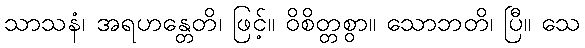
သာသနံ၊ အရဟန္တေတိ၊ ဖြင့်။ ဝိစိတ္တစွာ။ သောဘတိ၊ ပြီ။ သေ